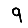
Digit: 9